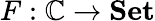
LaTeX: F:\mathbb{C}\to{\textbf{{Set}}}